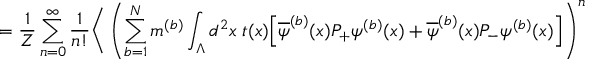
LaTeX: \; = \frac { 1 } { Z } \sum _ { n = 0 } ^ { \infty } \frac { 1 } { n ! } \Bigg \langle \left( \sum _ { b = 1 } ^ { N } m ^ { ( b ) } \int _ { \Lambda } d ^ { 2 } x \; t ( x ) \Big [ \overline { { { \psi } } } ^ { ( b ) } ( x ) P _ { + } \psi ^ { ( b ) } ( x ) + \overline { { { \psi } } } ^ { ( b ) } ( x ) P _ { - } \psi ^ { ( b ) } ( x ) \Big ] \right) ^ { n }